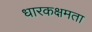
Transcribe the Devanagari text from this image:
धारकक्षमता